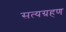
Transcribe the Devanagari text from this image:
सत्यग्रहण